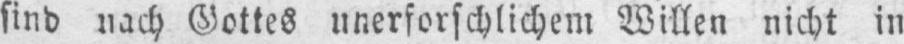
sind nach Gottes unerforschlichem Willen nicht in